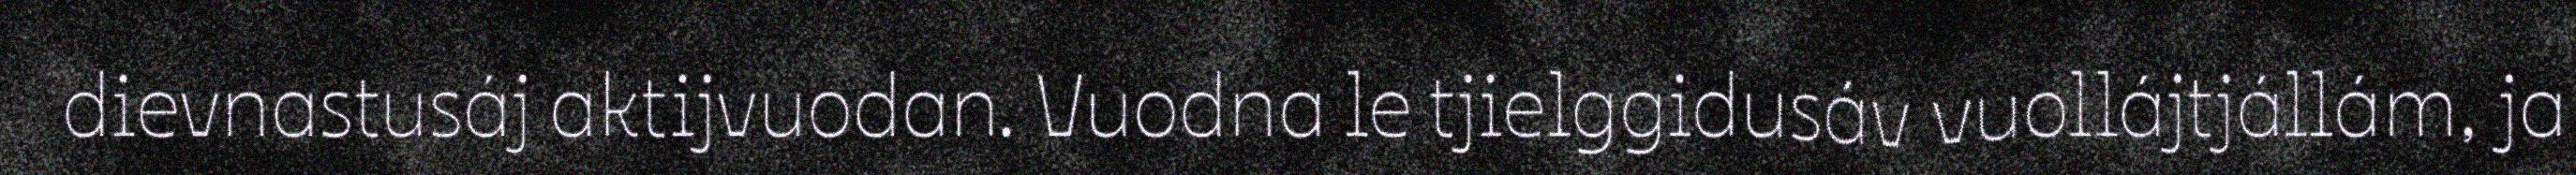
dievnastusáj aktijvuodan. Vuodna le tjielggidusáv vuollájtjállám, ja